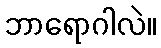
ဘာရောဂါလဲ။